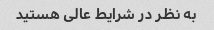
به نظر در شرایط عالی هستید